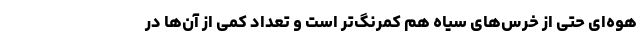
هوه‌ای حتی از خرس‌های سیاه هم کمرنگ‌تر است و تعداد کمی از آن‌ها در